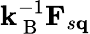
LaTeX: \mathbf{k}_{\mathrm{{~B~}}}^{-1}\mathbf{{F}}_{s\mathbf{{q}}}